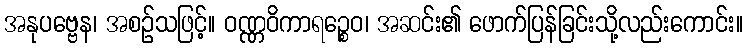
အနုပဗ္ဗေန၊ အစဉ်သဖြင့်။ ဝဏ္ဏဝိကာရဉ္စေဝ၊ အဆင်း၏ ဖောက်ပြန်ခြင်းသို့လည်းကောင်း။